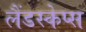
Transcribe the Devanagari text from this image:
लैंडस्केप्स